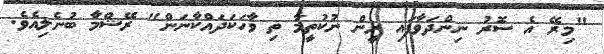
"މިރޭ އެ ސޮރު ނިންދަވާފައި ރީން ނުކުތީމާ ތި ވާހަކަދައްކާނަން" ރޭޝްމާ ބުނެލިއެވެ.